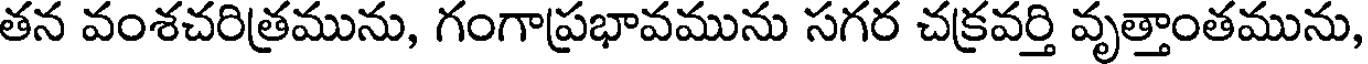
తన వంశచరిత్రమును, గంగాప్రభావమును సగర చక్రవర్తి వృత్తాంతమును,